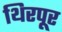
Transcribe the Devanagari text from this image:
थिरपूर